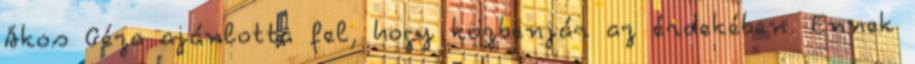
Ákos Géza ajánlotta fel, hogy közbenjár az érdekében. Ennek